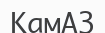
КамАЗ